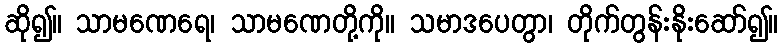
ဆို၍။ သာမဏေရေ၊ သာမဏေတို့ကို။ သမာဒပေတွာ၊ တိုက်တွန်းနိုးဆော်၍။